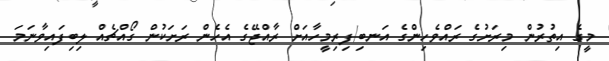
މީގެ އިތުރުން މިރަށުގެ ރައްވެހިންގެ އަނބި/ފިރިމީހާއަށް ރާއްޖޭގެ އެހެން ރަށަކުން ގޯއްޗެއް ލިބިފައިވާނަމަ